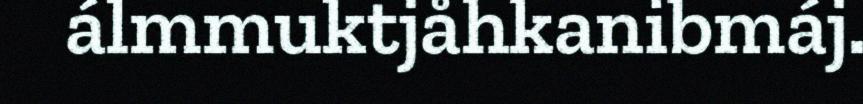
álmmuktjåhkanibmáj.